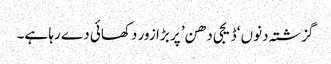
گزشتہ دنوں ‘ڈیجی دھن’ پر بڑا زور دکھائی دے رہا ہے۔